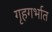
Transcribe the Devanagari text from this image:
गृहगर्भात